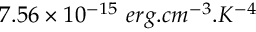
7 . 5 6 \times 1 0 ^ { - 1 5 } \ e r g . c m ^ { - 3 } . K ^ { - 4 }